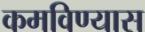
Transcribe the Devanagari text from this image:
कमविण्यास